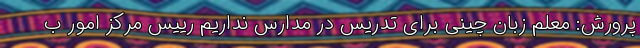
پرورش: معلم زبان چینی برای تدریس در مدارس نداریم رییس مرکز امور ب